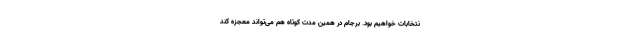
نتخابات خواهیم بود. برجام در همین مدت کوتاه هم می‌تواند معجزه کند